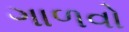
ગાળવો